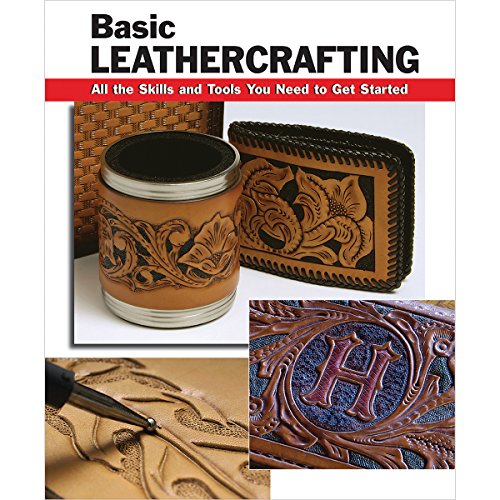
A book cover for Basic Leathercrafting: All the Skills and Tools You Need to Get Started (How To Basics); Elizabeth Letcavage; Crafts, Hobbies & Home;